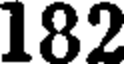
182